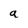
Character: a